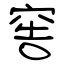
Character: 窖